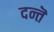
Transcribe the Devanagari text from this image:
दन्तॆ